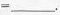
=___.